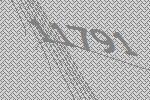
11791